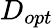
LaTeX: D_{opt}